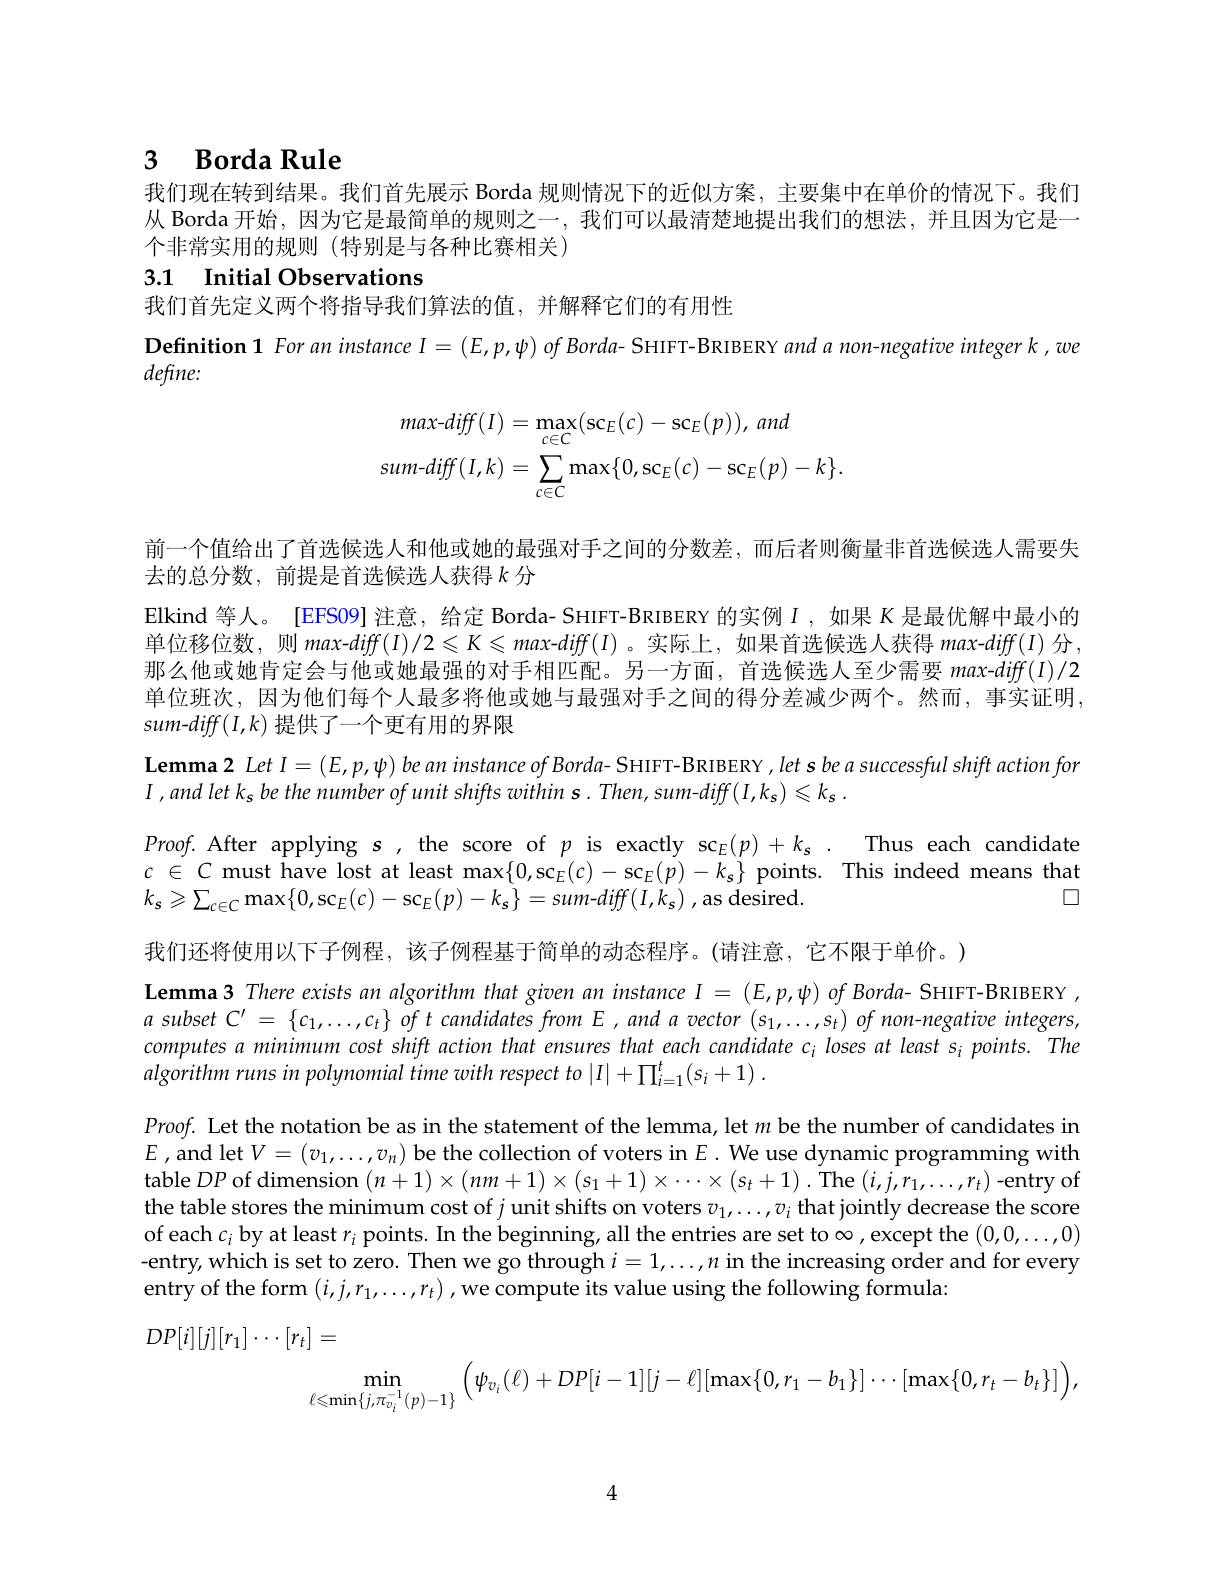
## 3 $\textbf{Borda Rule}$

我们现在转到结果。我们首先展示 Borda 规则情况下的近似方案，主要集中在单价的情况下。我们从 Borda 开始，因为它是最简单的规则之一，我们可以最清楚地提出我们的想法，并且因为它是一个非常实用的规则(特别是与各种比赛相关)

## 3.1 Initial Observations

我们首先定义两个将指导我们算法的值，并解释它们的有用性
Definition 1 For an instance I $= ( E, p, \psi ) \textit{of Borda- SHIFT- BRIBERY and a non- negative integer k, we}$
$define:$
$$\begin{aligned}max-diff(I)&=\max_{c\in C}(\mathrm{sc}_{E}(c)-\mathrm{sc}_{E}(p)),\:and\\sum-diff(I,k)&=\sum_{c\in C}\max\{0,\mathrm{sc}_{E}(c)-\mathrm{sc}_{E}(p)-k\}.\end{aligned}$$
前一个值给出了首选候选人和他或她的最强对手之间的分数差，而后者则衡量非首选候选人需要失
去的总分数，前提是首选候选人获得$k$分
Elkind 等人。[EFS09] 注意，给定 Borda- SHIFT-BRIBERY 的实例$I$ ,如果$K$是最优解中最小的单位移位数，则 max-diff(I)/2 $\leqslant K\leqslant max$-diff$f(I)$ 。实际上，如果首选候选人获得 max-diff(I) 分. 那么他或她肯定会与他或她最强的对手相匹配。另一方面，首选候选人至少需要 max-diff(I)/2单位班次，因为他们每个人最多将他或她与最强对手之间的得分差减少两个。然而，事实证明$sum-diff(I,k)$提供了一个更有用的界限
$\textbf{Lemma2 Let I}= ( E, p, \psi )$ be an instance of Borda- SHIFT- BRIBERY, let s be a successful shift action for
$I$ $, and$ let $k_{s}$ $be$ the number $of$ unit shifts within $s.$ $Then, sum- diff($ $I, k_{s}) \leqslant k_{s}$ .
$\begin{array}{l}Proof.\text{ After applying s, the score of }p\mathrm{~is~exactly~sc}_E(p)+k_s.&\text{Thus each candidate}\\c\in C\text{ must have lost at least max}\{0,\mathrm{sc}_E(c)-\mathrm{sc}_E(p)-k_s\}\text{ points.}&\text{This indeed means that}\\k_s\geqslant\sum_{c\in\mathcal{C}}\max\{0,\mathrm{sc}_E(c)-\mathrm{sc}_E(p)-k_s\}=sum-difff(I,k_s),\mathrm{as}\end{array}$
我们还将使用以下子例程，该子例程基于简单的动态程序。(请注意，它不限于单价。)
$\textbf{Lemma3 There exists an algorithm that given an instance I = ( E, p, ) of Borda- SHIFT- BRIBERY }$, $a$ subset C' = $\{ c_{1}, \ldots , c_{t}\} \textit{of t candidates from E, and a vector }( s_{1}, \ldots , s_{t}) \textit{of mon- megative integers, }$ computes a minimum cost shift action that ensures that each candidate ci loses at least s¡ points. The algorithm runs in polynomial time with respect to $| I| + \prod _{i= 1}^{t}( s_{i}+ 1)$ .
$Proof.$ Let the notation be as in the statement of the lemma, let $m$ be the number of candidates in $E$,and let $V=(v_1,\ldots,v_n)$ be the collection of voters in $E.$ We use dynamic programming with table $DP$ of dimension $(n+1)\times(nm+1)\times(s_{1}+1)\times\cdots\times(s_{t}+1).$ The $(i,j,r_{1},\ldots,r_{t})$-entry of the table stores the minimum cost of $j$ unit shifts on voters $v_1,\ldots,v_i$ that jointly decrease the score of each $c_i$ by at least $r_i$ points. In the beginning, all the entries are set to $\infty$,except the $(0,0,\ldots,0)$ -entry, which is set to zero. Then we go through $i=1,\ldots,n$ in the increasing order and for every entry of the form $(i,j,r_{1},\ldots,r_{t})$ , we compute its value using the following formula
$$\begin{aligned}DP[i][j][r_1]\cdots[r_t]&=\\&\min_{\ell\leqslant\min\{j,\pi_{v_i}^{-1}(p)-1\}}\left(\psi_{v_i}(\ell)+DP[i-1][j-\ell][\max\{0,r_1-b_1\}]\cdots[\max\{0,r_t-b_t\}]\right),\end{aligned}$$
4